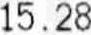
15.28